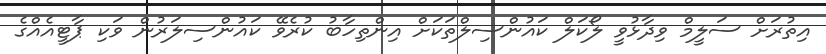
އިތުރަށް ސަލީމް ވިދާޅުވީ ލޯކަލް ކައުންސިލްތަކަށް އިންތިހާބު ކުރެވޭ ކައުންސިލަރުން ވަކި ޕާޓީއެއްގެ